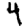
Digit: 4